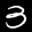
Label: 3